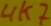
Text: 4K7